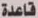
قاعدة